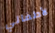
لأطفالي